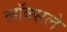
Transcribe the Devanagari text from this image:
लॉक्सले